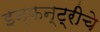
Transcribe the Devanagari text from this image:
इन्फन्ट्रीचे